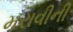
મરાવીની